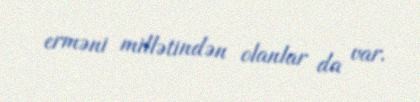
erməni millətindən olanlar da var.